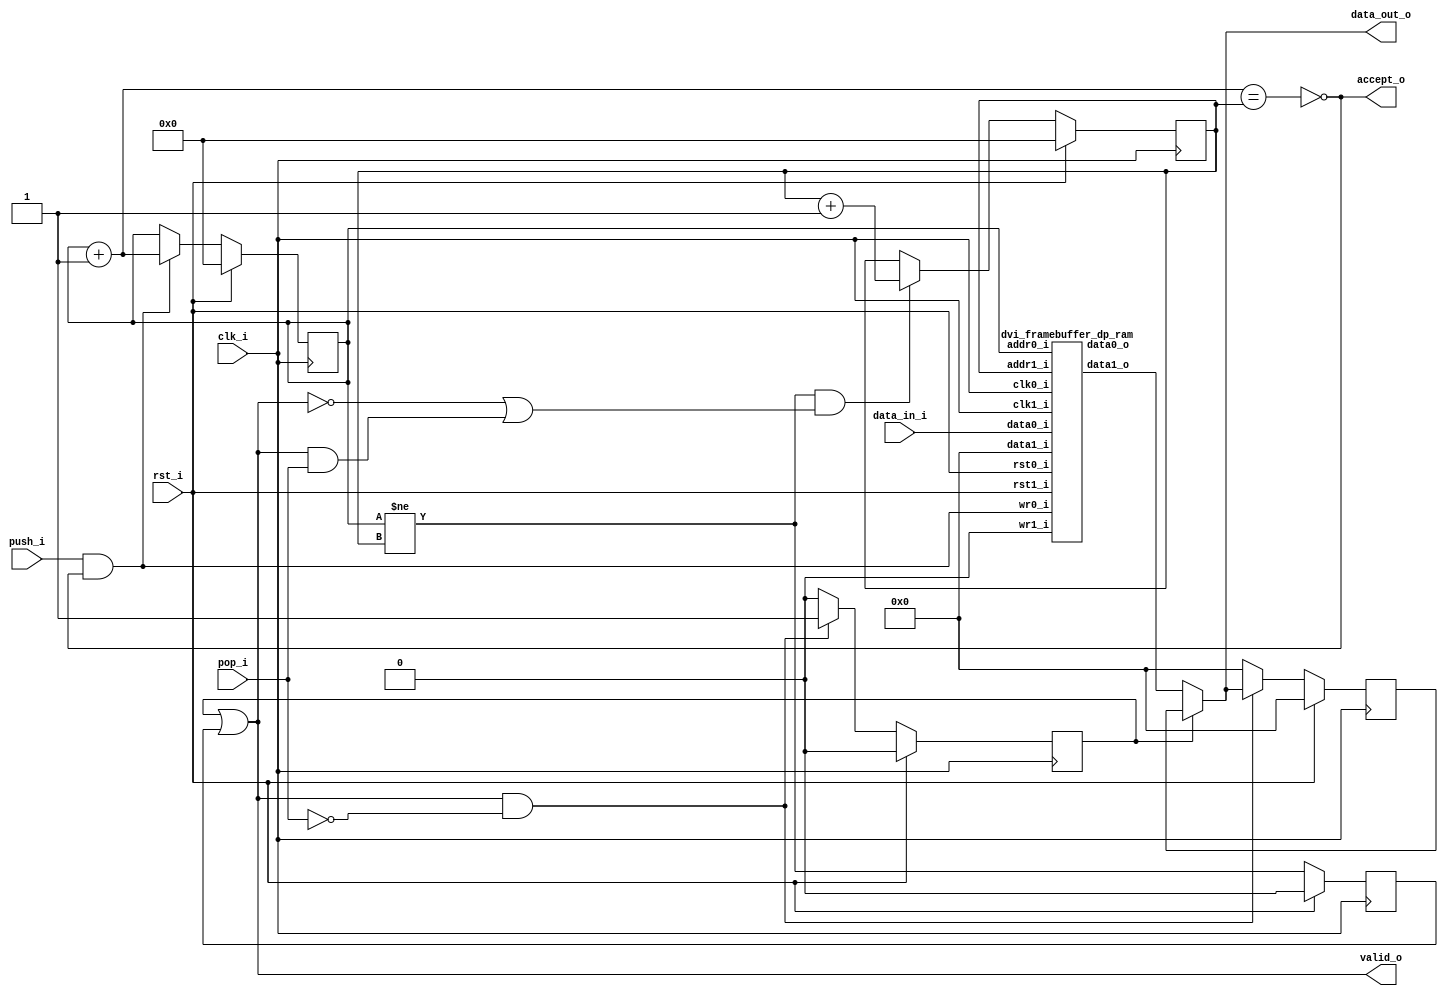
module dvi_framebuffer_fifo
(
    // Inputs
     input           clk_i
    ,input           rst_i
    ,input  [ 31:0]  data_in_i
    ,input           push_i
    ,input           pop_i

    // Outputs
    ,output [ 31:0]  data_out_o
    ,output          accept_o
    ,output          valid_o
);

//-----------------------------------------------------------------
// Registers
//-----------------------------------------------------------------
reg [9:0]   rd_ptr_q;
reg [9:0]   wr_ptr_q;

//-----------------------------------------------------------------
// Write Side
//-----------------------------------------------------------------
wire [9:0] write_next_w = wr_ptr_q + 10'd1;

wire full_w = (write_next_w == rd_ptr_q);

always @ (posedge clk_i )
if (rst_i)
    wr_ptr_q <= 10'b0;
// Push
else if (push_i & !full_w)
    wr_ptr_q <= write_next_w;

//-----------------------------------------------------------------
// Read Side
//-----------------------------------------------------------------
wire read_ok_w = (wr_ptr_q != rd_ptr_q);
reg  rd_q;

always @ (posedge clk_i )
if (rst_i)
    rd_q <= 1'b0;
else
    rd_q <= read_ok_w;

always @ (posedge clk_i )
if (rst_i)
    rd_ptr_q     <= 10'b0;
// Read address increment
else if (read_ok_w && ((!valid_o) || (valid_o && pop_i)))
    rd_ptr_q <= rd_ptr_q + 10'd1;

//-------------------------------------------------------------------
// Read Skid Buffer
//-------------------------------------------------------------------
reg        rd_skid_q;
reg [31:0] rd_skid_data_q;

always @ (posedge clk_i )
if (rst_i)
begin
    rd_skid_q <= 1'b0;
    rd_skid_data_q <= 32'b0;
end
else if (valid_o && !pop_i)
begin
    rd_skid_q      <= 1'b1;
    rd_skid_data_q <= data_out_o;
end
else
begin
    rd_skid_q      <= 1'b0;
    rd_skid_data_q <= 32'b0;
end

//-------------------------------------------------------------------
// Combinatorial
//-------------------------------------------------------------------
assign valid_o       = rd_skid_q | rd_q;
assign accept_o      = !full_w;

//-------------------------------------------------------------------
// Dual port RAM
//-------------------------------------------------------------------
wire [31:0] data_out_w;

dvi_framebuffer_dp_ram
u_ram
(
    // Inputs
    .clk0_i(clk_i),
    .rst0_i(rst_i),
    .clk1_i(clk_i),
    .rst1_i(rst_i),

    // Write side
    .addr0_i(wr_ptr_q),
    .wr0_i(push_i & accept_o),
    .data0_i(data_in_i),
    .data0_o(),

    // Read side
    .addr1_i(rd_ptr_q),
    .data1_i(32'b0),
    .wr1_i(1'b0),
    .data1_o(data_out_w)
);

assign data_out_o = rd_skid_q ? rd_skid_data_q : data_out_w;

endmodule

//-------------------------------------------------------------------
// Dual port RAM
//-------------------------------------------------------------------
module dvi_framebuffer_dp_ram
(
    // Inputs
     input           clk0_i
    ,input           rst0_i
    ,input  [ 9:0]   addr0_i
    ,input  [ 31:0]  data0_i
    ,input           wr0_i
    ,input           clk1_i
    ,input           rst1_i
    ,input  [ 9:0]   addr1_i
    ,input  [ 31:0]  data1_i
    ,input           wr1_i

    // Outputs
    ,output [ 31:0]  data0_o
    ,output [ 31:0]  data1_o
);

/* verilator lint_off MULTIDRIVEN */
reg [31:0]   ram [1023:0] /*verilator public*/;
/* verilator lint_on MULTIDRIVEN */

reg [31:0] ram_read0_q;
reg [31:0] ram_read1_q;

// Synchronous write
always @ (posedge clk0_i)
begin
    if (wr0_i)
        ram[addr0_i] <= data0_i;

    ram_read0_q <= ram[addr0_i];
end

always @ (posedge clk1_i)
begin
    if (wr1_i)
        ram[addr1_i] <= data1_i;

    ram_read1_q <= ram[addr1_i];
end

assign data0_o = ram_read0_q;
assign data1_o = ram_read1_q;

endmodule